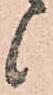
候